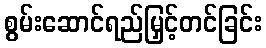
စွမ်းဆောင်ရည်မြှင့်တင်ခြင်း